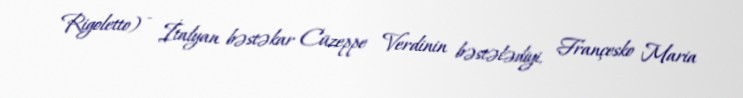
Rigoletto) - İtalyan bəstəkar Cüzeppe Verdinin bəstələdiyi, Françesko Maria